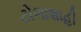
ટોળાશાહી